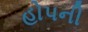
હોપની